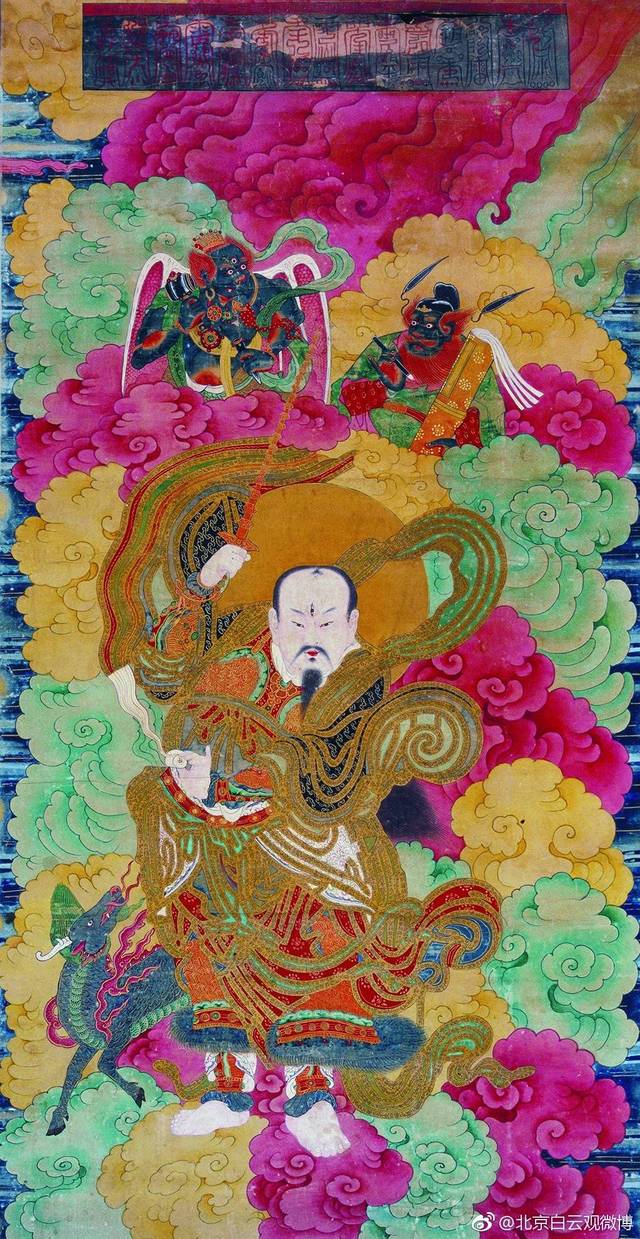
尔来从军天汉滨，南山晓雪玉嶙峋。